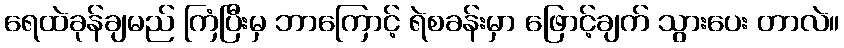
ရေထဲခုန်ချမည် ကြံပြီးမှ ဘာကြောင့် ရဲစခန်းမှာ ဖြောင့်ချက် သွားပေး တာလဲ။